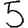
Digit: 5